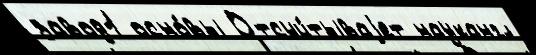
завод1 осно́вы Отсчи́тываjет наукангл